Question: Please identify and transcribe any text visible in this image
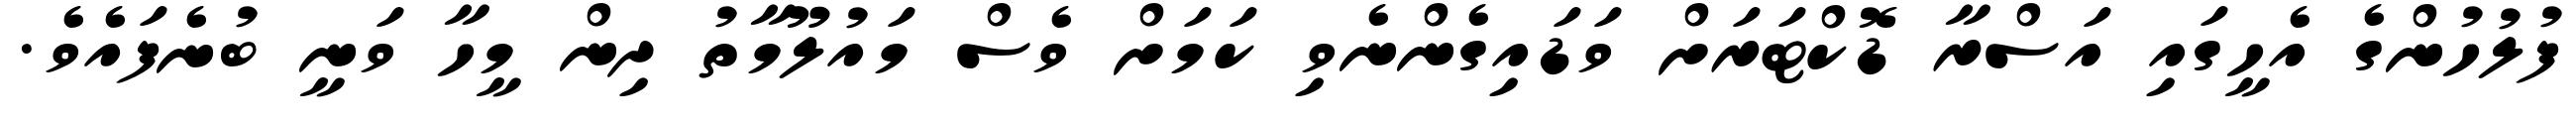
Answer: ފުލުހުންގެ އެހީގައި އަސްރާ ޑޮކްޓަރަށް ވަޑައިގެންނެވި ކަމަށް ވެސް މައުލޫމާތު ދިން މީހާ ވަނީ ބުނެފައެވެ.